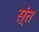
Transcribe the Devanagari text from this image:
स्ंत